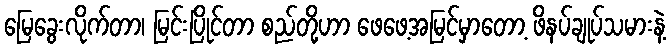
မြေခွေးလိုက်တာ၊ မြင်းပြိုင်တာ စည်တို့ဟာ ဖေဖေ့အမြင်မှာတော့ ဖိနပ်ချုပ်သမားနဲ့